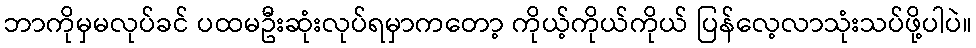
ဘာကိုမှမလုပ်ခင် ပထမဦးဆုံးလုပ်ရမှာကတော့ ကိုယ့်ကိုယ်ကိုယ် ပြန်လေ့လာသုံးသပ်ဖို့ပါပဲ။